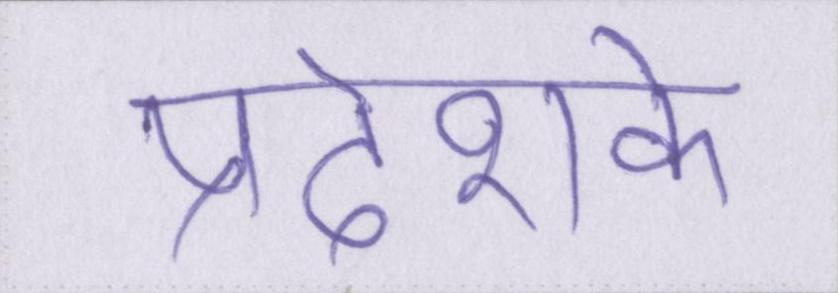
प्रदेशके